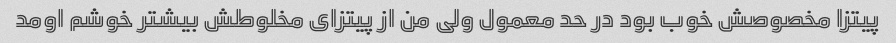
پیتزا مخصوصش خوب بود در حد معمول ولی من از پیتزای مخلوطش بیشتر خوشم اومد